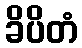
ခိပိတံ